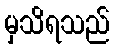
မှသိရသည်